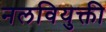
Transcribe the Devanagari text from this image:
नलवियुक्ती